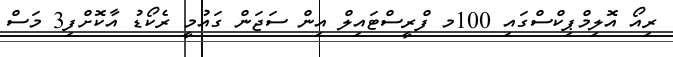
ރިއޯ އޮލިމްޕިކްސްގައި 100މ ފްރީސްޓައިލް އިން ސަޖަން ގައުމީ ރެކޯޑު އާކޮށްފި3 މަސް